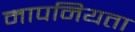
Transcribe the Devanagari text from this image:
मापनियता